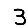
Digit: 3